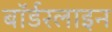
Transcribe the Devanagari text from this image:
बॉर्डरलाइन